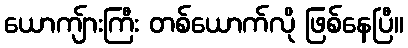
ယောကျ်ားကြီး တစ်ယောက်လို ဖြစ်နေပြီ။